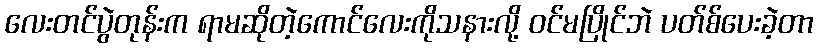
လေးတင်ပွဲတုန်းက ရာမဆိုတဲ့ကောင်လေးကိုသနားလို့ ဝင်မပြိုင်ဘဲ ပတ်စ်ပေးခဲ့တာ